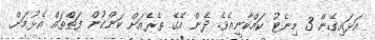
އަޅައިގެން 3 މިނެޓު ކައްކާނީއެވެ. ދެން އޭގެ ތެރެއަށް ކަންކުން ފަތްތައް އެޅުމަށް